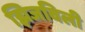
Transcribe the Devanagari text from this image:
झिजविली